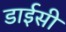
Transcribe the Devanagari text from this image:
डाईसी